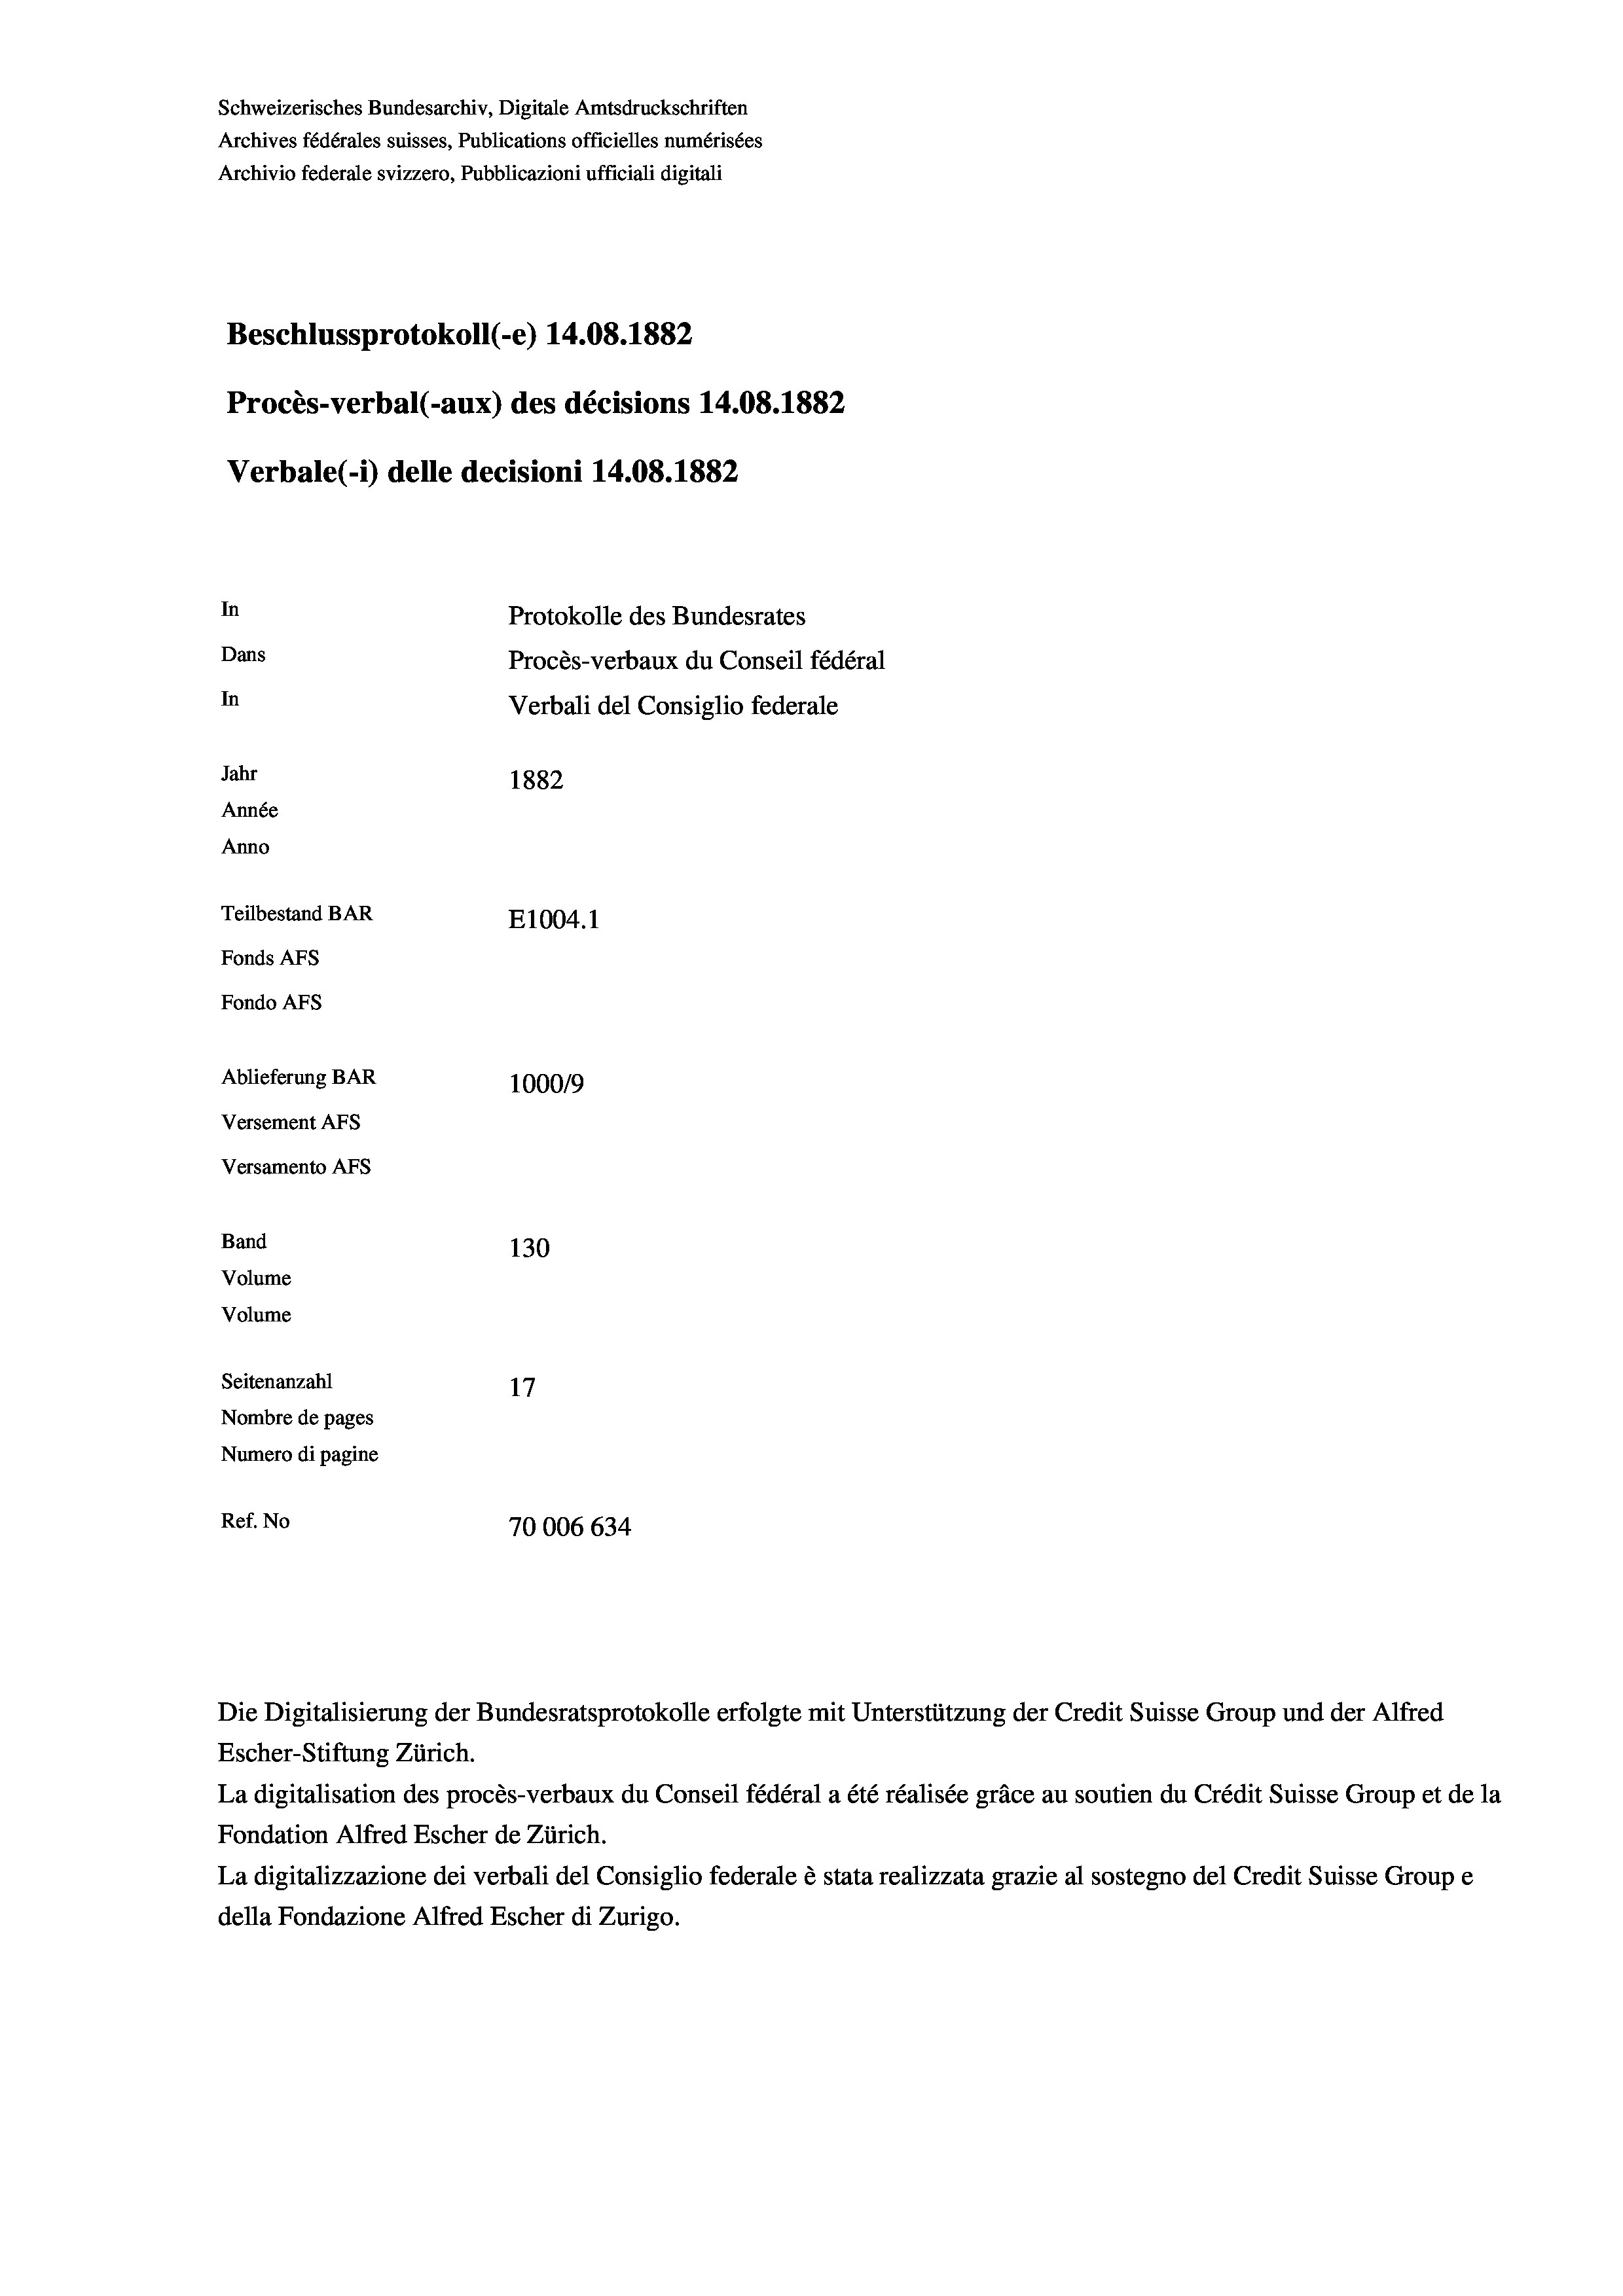
Schweizerisches Bundesarchiv, Digitale Amtsdruckschriften
Archives fédérales suisses, Publications officielles numérisées
Archivio federale svizzero, Pubblicazioni ufficiali digitali
Beschlussprotokoll (-e) 14.08. 1882
Procès-verbal (-aux) des décisions 14.08. 1882
Verbale (1) delle decisioni 14.08. 1882
In
Protokolle des Bundesrates
Dans
Procès-verbaux du Conseil fédéral
In
Verbali del Consiglio federale
Jahr
1882
Année
Anno
Teilbestand BAR
E1004. 1
Fonds AFs
Fondo AFs
Ablieferung BAR
1000/9
Versement Abs
Versamento Afs
Band
130
Volume
Volume

Seitenanzahl
17
Nombre de pages
Numero di pagine
Ref. No
70006 634

Die Digitalisierung der Bundesratsprotokolle erfolgte mit Unterstützung der Credit Suisse Group und der Alfred
Escher-Stiftung Zürich.
La digitalisation des procès-verbaux du Conseil fédéral a été réalisée gräce au soutien du Crédit Suisse Group et de la
Fondation Alfred Escher de Zürich.
La digitalizzazione dei verbali del Consiglio federale è stata realizzata grazie al sostegno del Credit Suisse Groupe
della Fondazione Alfred Escher di Zurigo.